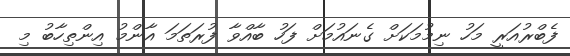
ފެބްރުއަރީ މަހު ނިމުމަކަށް ގެނައުމަށް ފަހު ބާއްވާ ފުރަތަމަ އާންމު އިންތިހާބު މި